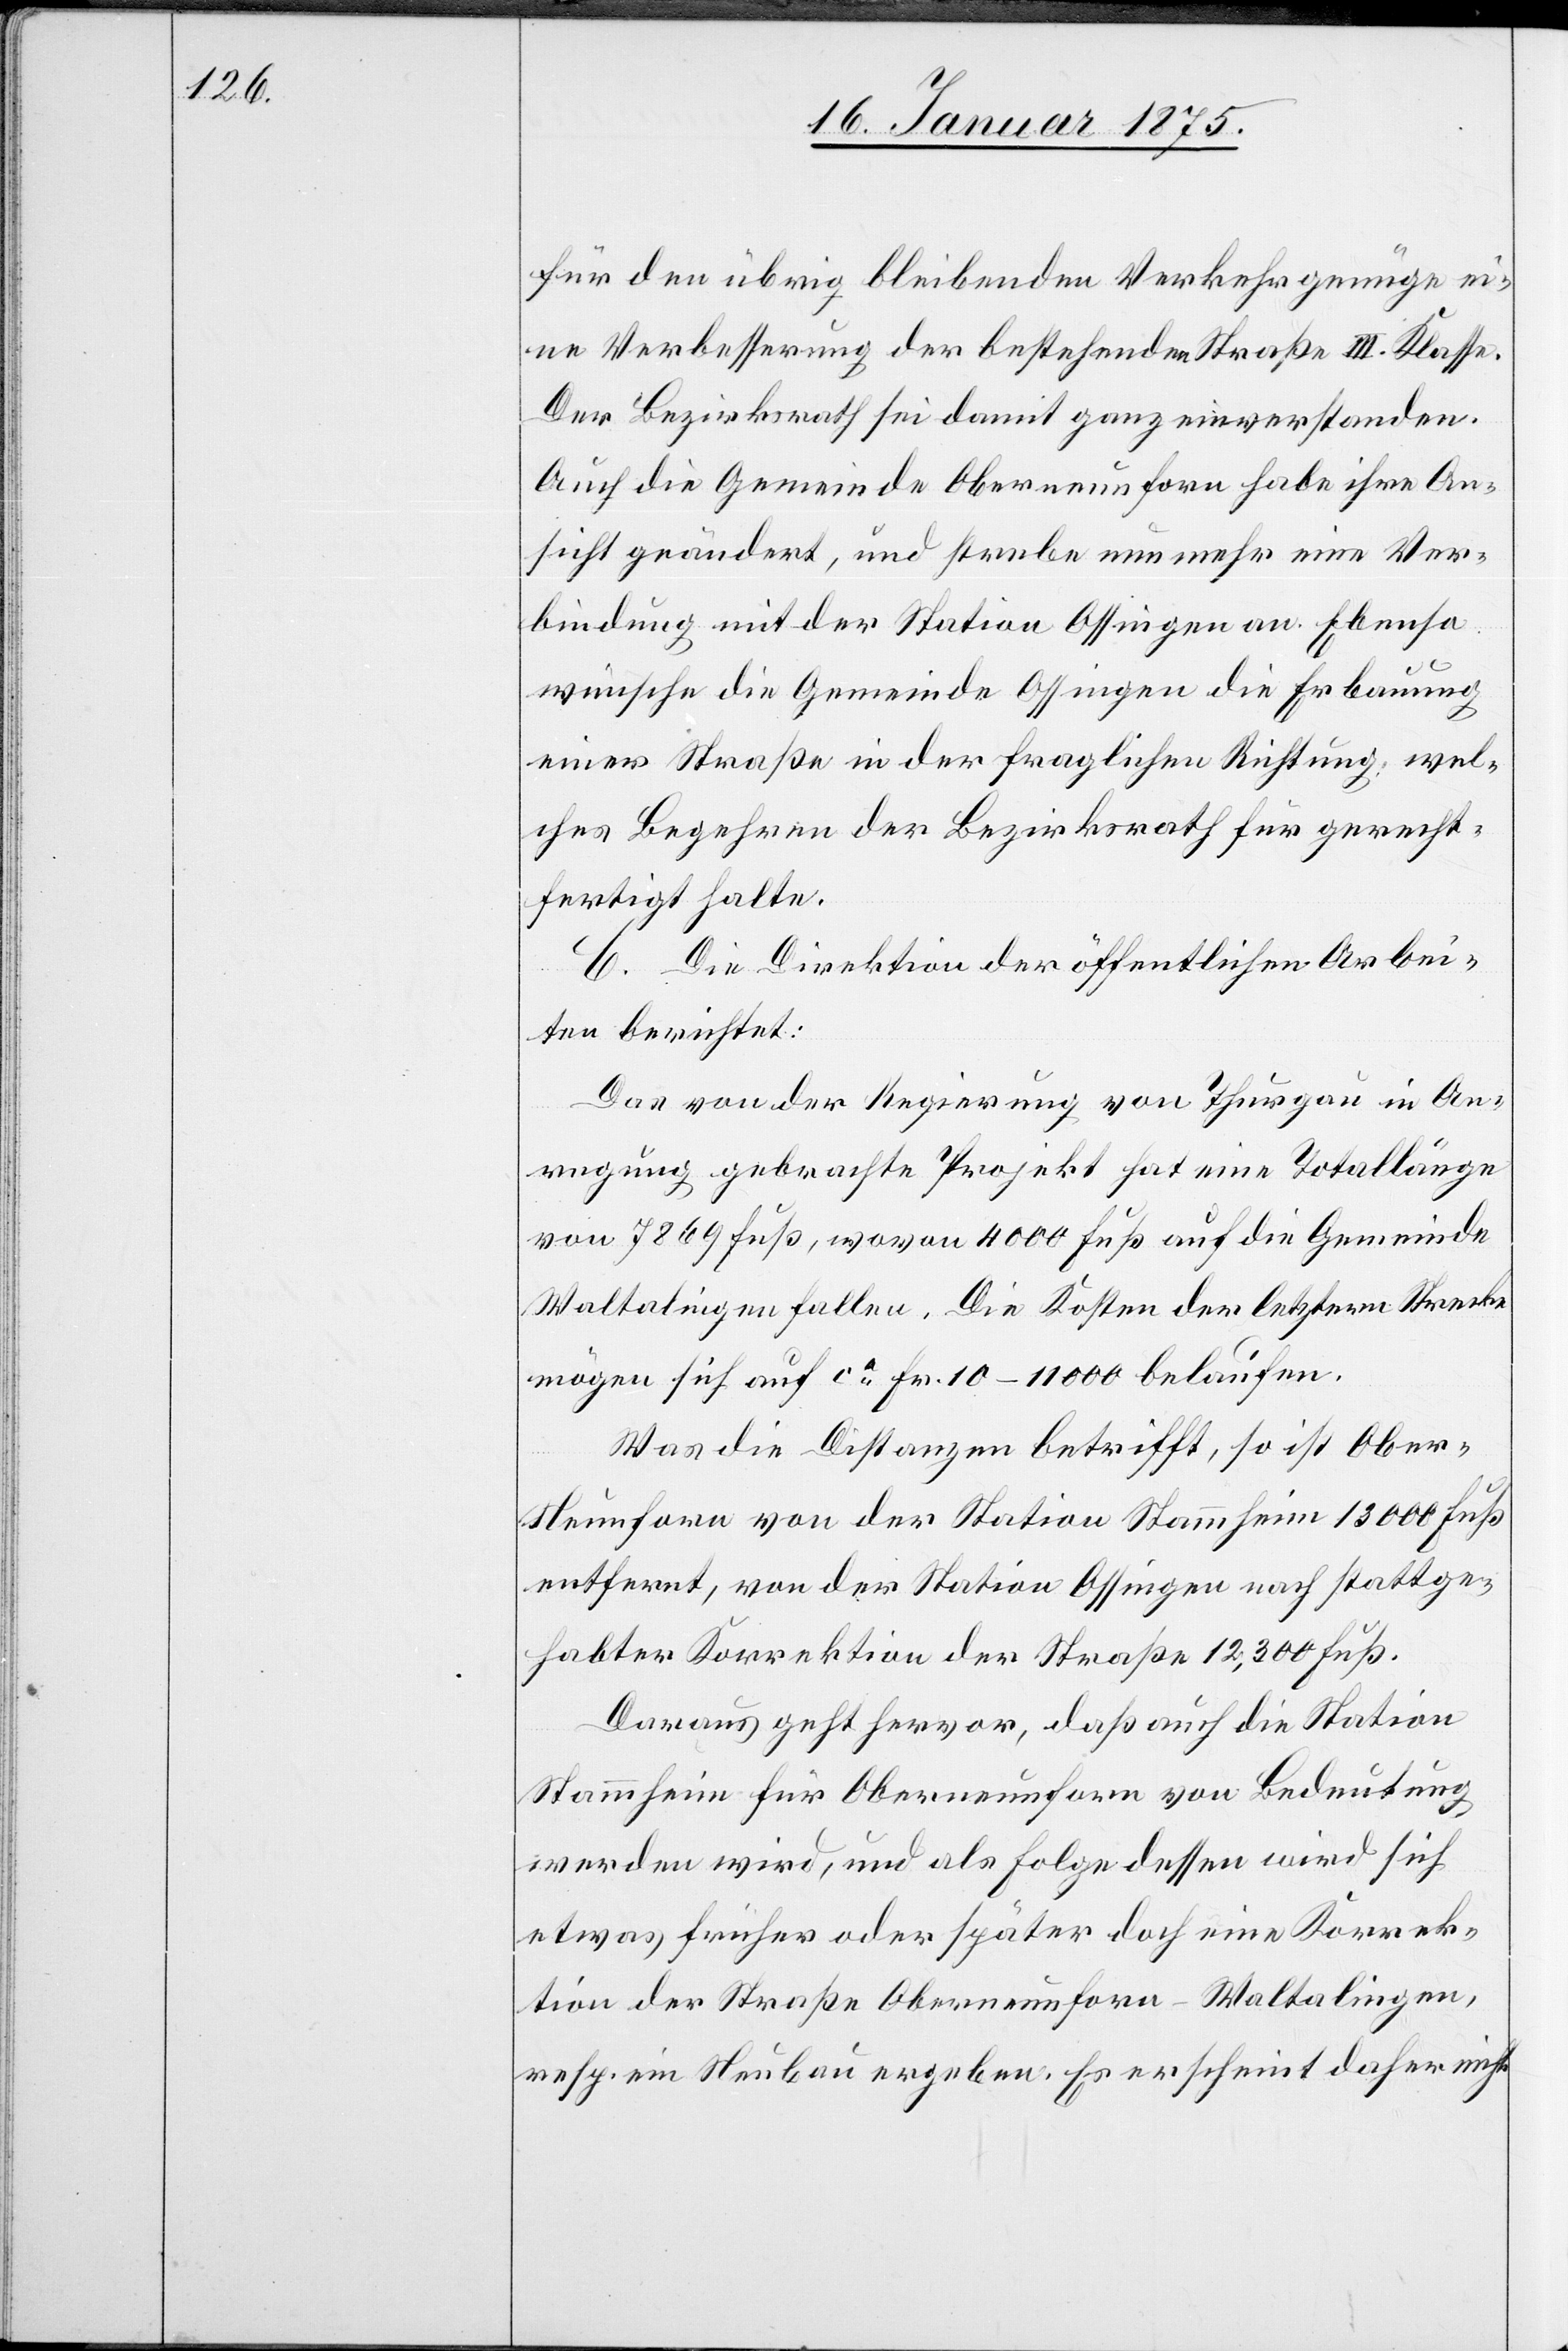
für den übrig bleibenden Verkehr genüge ei¬
ne Verbesserung der bestehenden Straße III. Klasse.
Der Bezirksrath sei damit ganz einverstanden.
Auch die Gemeinde Oberneunforn habe ihre An¬
sicht geändert, und strebe nunmehr eine Ver¬
bindung mit der Station Ossingen an. Ebenso
wünsche die Gemeinde Ossingen die Erbauung
einer Straße in der fraglichen Richtung, wel¬
ches Begehren der Bezirksrath für gerecht¬
fertigt halte.
C. Die Direktion der öffentlichen Arbei¬
ten berichtet:
das von der Regierung von Thurgau in An¬
regung gebrachte Projekt hat eine Totallänge
von 7869 Fuß, wovon 4000 Fuß auf die Gemeinde
Waltalingen fallen. Die Kosten der letztern Strecke
mögen sich auf ca Fr. 10–11 000 belaufen.
Was die Distanzen betrifft, so ist Ober-N¬
eunforn von der Station Stammheim 13 000 Fuß
entfernt, von der Station Ossingen nach stattge¬
habter Korrektion der Straße 12,300 Fuß.
Daraus geht hervor, daß auch die Station
Stammheim für Oberneunforn von Bedeutung
werden wird, und als Folge dessen wird sich
etwas früher oder später doch eine Korrek¬
tion der Straße Oberneunforn-Waltalingen,
resp. ein Neubau ergeben. Es erscheint daher nicht